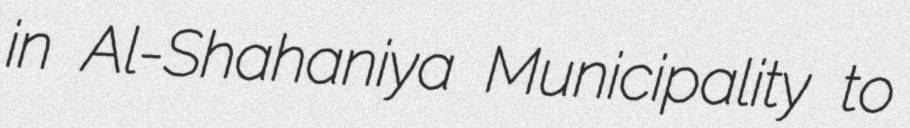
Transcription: in Al-Shahaniya Municipality to